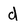
Character: d